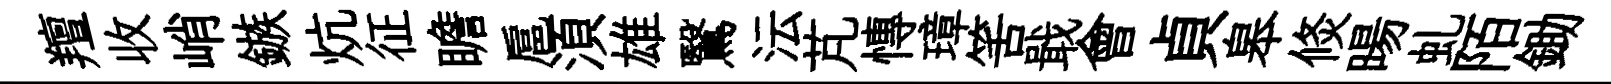
羶收峭鏃炕征瞻扈湏雄鷖沄芃慱璋筈戢會貞皋倐暘虬陌鋤